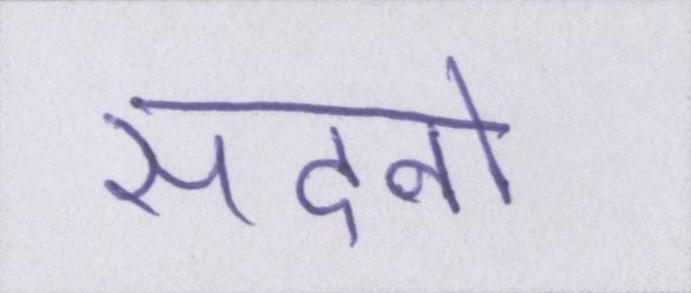
सदनो